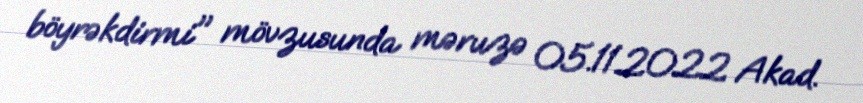
böyrəkdirmi" mövzusunda məruzə 05.11.2022 Akad.